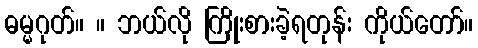
ဓမ္မဂုတ်။ ။ ဘယ်လို ကြိုးစားခဲ့ရတုန်း ကိုယ်တော်။